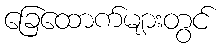
ခြေထောက်များတွင်